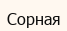
Сорная